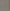
.